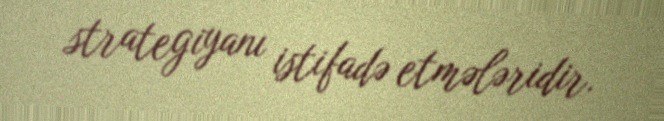
strategiyanı istifadə etmələridir.